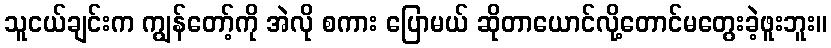
သူငယ်ချင်းက ကျွန်တော့်ကို အဲလို စကား ပြောမယ် ဆိုတာယောင်လို့တောင်မတွေးခဲ့ဖူးဘူး။